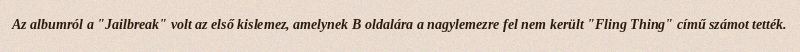
Az albumról a "Jailbreak" volt az első kislemez, amelynek B oldalára a nagylemezre fel nem került "Fling Thing" című számot tették.